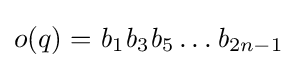
o(q)={\mathit {b}}_{1}{\mathit {b}}_{3}{\mathit {b}}_{5}\ldots {\mathit {b}}_{2n-1}